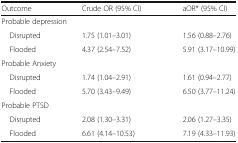
| Outcome | Crude OR (95% CI) | aOR* (95% CI) |
 | --- | --- | --- |
 | <COLSPAN=3> Probable depression |
 | Disrupted | 1.75 (1.01–3.01) | 1.56 (0.88–2.76) |
 | Flooded | 4.37 (2.54–7.52) | 5.91 (3.17–10.99) |
 | <COLSPAN=3> Probable Anxiety |
 | Disrupted | 1.74 (1.04–2.91) | 1.61 (0.94–2.77) |
 | Flooded | 5.70 (3.43–9.49) | 6.50 (3.77–11.24) |
 | <COLSPAN=3> Probable PTSD |
 | Disrupted | 2.08 (1.30–3.31) | 2.06 (1.27–3.35) |
 | Flooded | 6.61 (4.14–10.53) | 7.19 (4.33–11.93) |